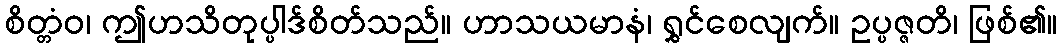
စိတ္တံဝ၊ ဤဟသိတုပ္ပါဒ်စိတ်သည်။ ဟာသယမာနံ၊ ရွှင်စေလျက်။ ဥပ္ပဇ္ဇတိ၊ ဖြစ်၏။